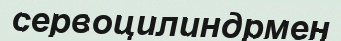
сервоцилиндрмен